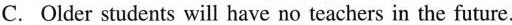
C.Older students will have no teachers in the future.